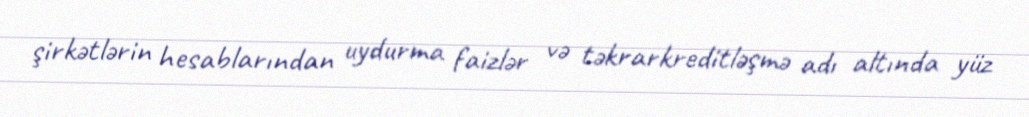
şirkətlərin hesablarından uydurma faizlər və təkrarkreditləşmə adı altında yüz